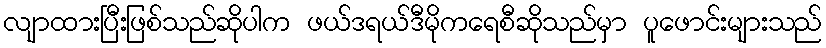
လျာထားပြီးဖြစ်သည်ဆိုပါက ဖယ်ဒရယ်ဒီမိုကရေစီဆိုသည်မှာ ပူဖောင်းများသည်